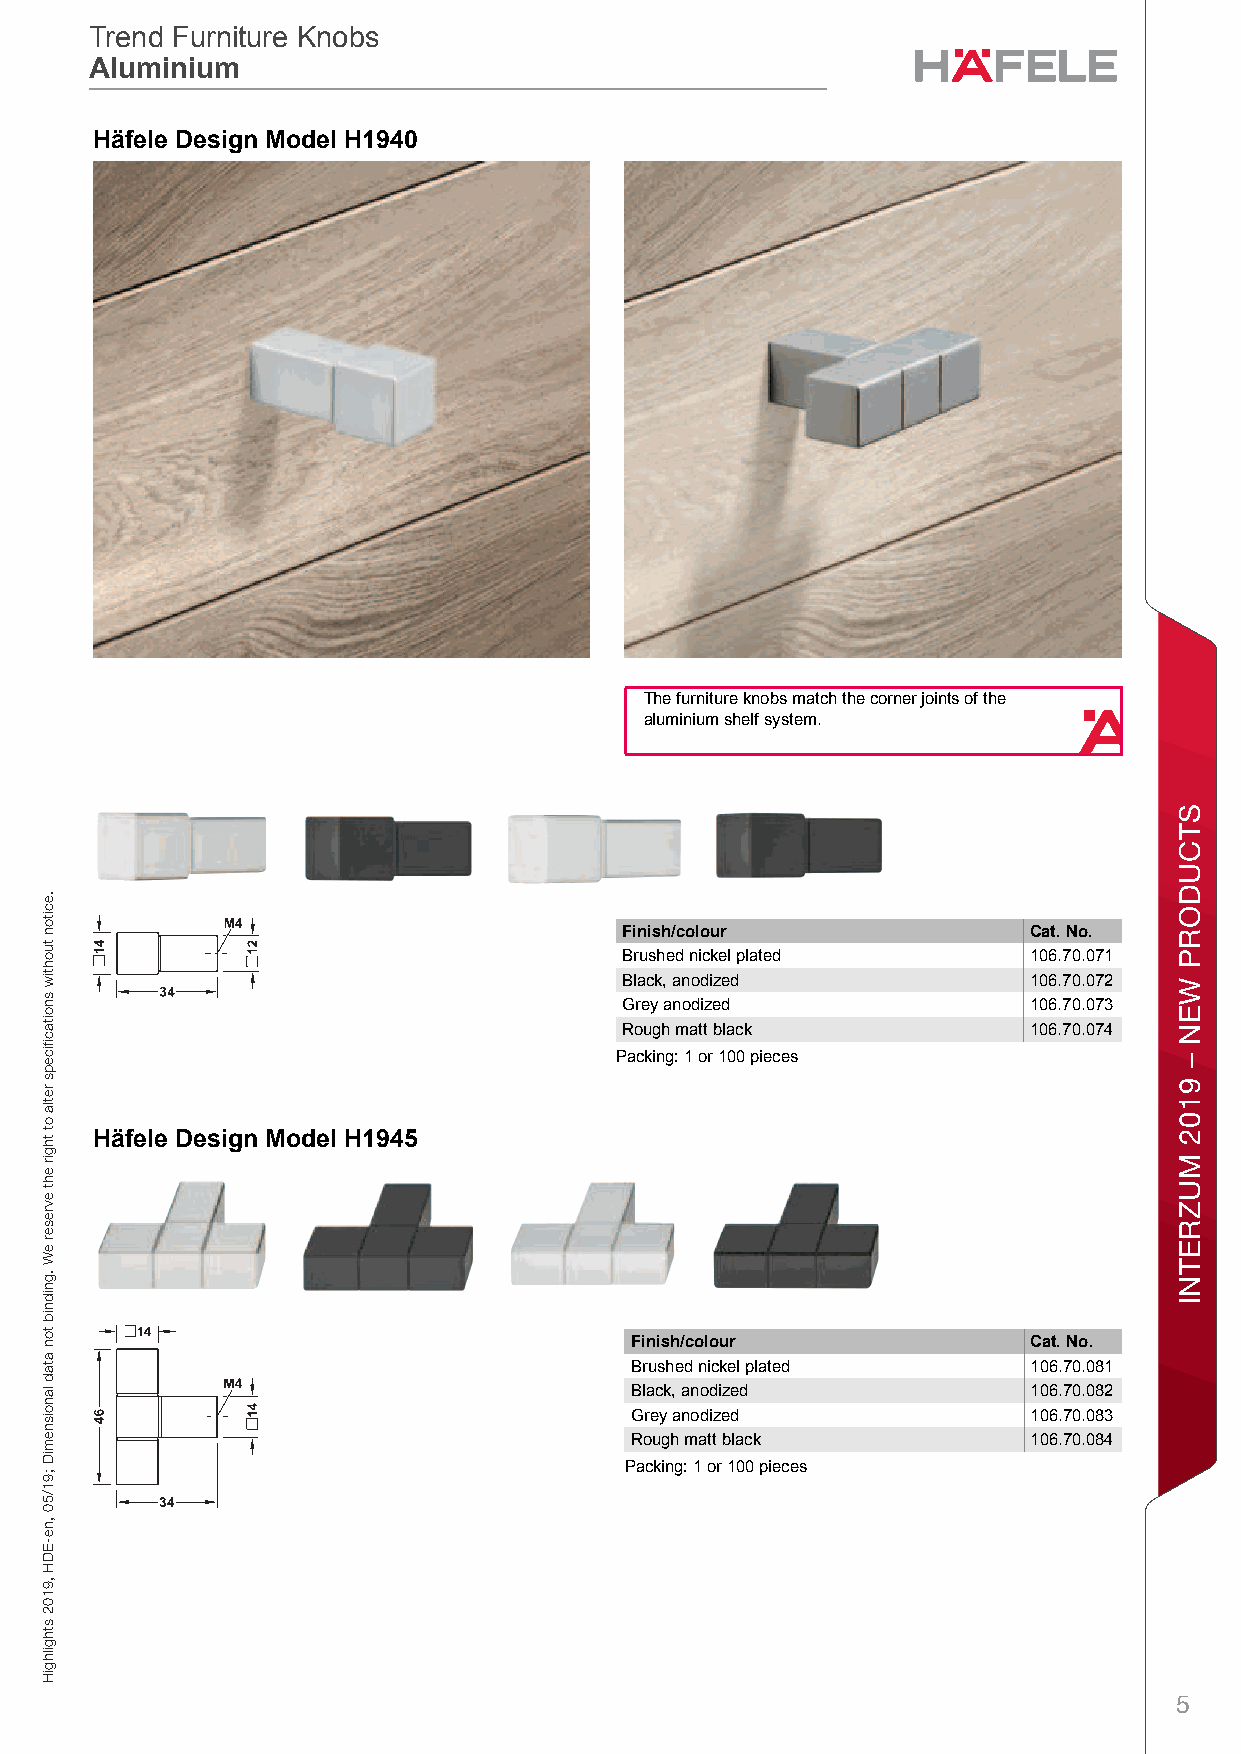
Trend Furniture Knobs
 Trend Furniture Knobs
 Aluminium
 Aluminium
 THrend Furäniture KfnobseTrend Flurneiture Kn obsD AluminiuemPlannsing andi CongstructionnDimens ionMal data not boinding. dWe reseerve the lrigh t to Halter spec1ification9s withou4t notice0.
 1
 The furniture knobs match the corner joints of the
 aluminium shelf system.
 Finish/colour              Cat. No.
 Brushed nickel plated      106.70.071
 Black, anodized            106.70.072
 Grey anodized              106.70.073
 Rough matt black           106.70.074
 Packing: 1 or 100 pieces
 FHurniture känobs TfrendeTrend Flurneiture Kn obsD Aluminiume – / Pslanning iandg ConstrunctionDim ensMional data onot bindidng. We reeserve lthe righHt to alter s1pecifica9tions w4ithout n5otice.
 Finish/colour             Cat. No.
 Brushed nickel plated     106.70.081
 Black, anodized           106.70.082
 Grey anodized             106.70.083
 Rough matt black          106.70.084
 Packing: 1 or 100 pieces
 5
 sbonK
 erutinruF
 dnerT
 .eciton
 tuohtiw
 snoitacfiiceps
 retla
 ot
 thgir
 eht
 evreser
 eW
 .gnidnib
 ton
 atad
 lanoisnemiD
 ;91/50
 ,ne-EDH
 ,9102
 sthgilhgiH
 STCUDORP
 WEN
 –
 9102
 MUZRETNI